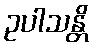
ဥပါသန္တိ